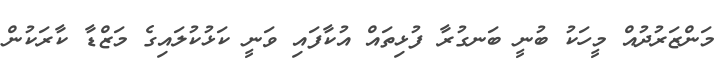
މަންޒަރުދުއް މީހަކު ބުނީ ބަނގުރާ ފުޅިތައް އުކާފައި ވަނީ ކަޅުކުލައިގެ މަޒްޑާ ކާރަކުން